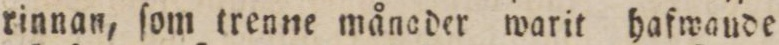
rinnan, ſom trenne månoder warit hafwande